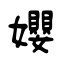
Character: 孆